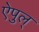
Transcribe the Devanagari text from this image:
ऐपुल्‌